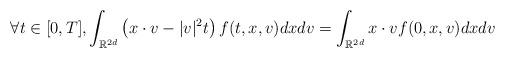
LaTeX: \begin{align*}\forall t\in [0,T],\int_{\mathbb{R}^{2d}}\left( x\cdot v - |v|^2 t\right)f (t,x,v) dx dv =\int_{\mathbb{R}^{2d}} x\cdot v f(0,x,v) dx dv\end{align*}